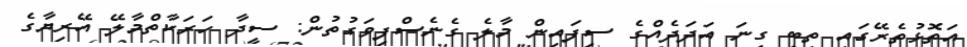
އަތޮޅުތެރޭގައި ތިބި ގިނަ އަދަދެއްގެ ސިފައިން މާލެ ގެނެސްފިވަގުތުން: ސީދާ ހަރަކާތްމާލޭ އޭރިޔާގެ